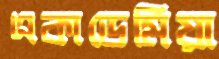
একাডেমিয়া